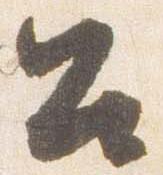
召